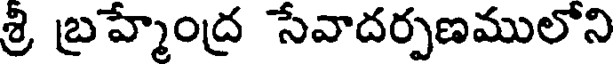
శ్రి బ్రహ్మేంద్ర సేవాదర్పణములోని